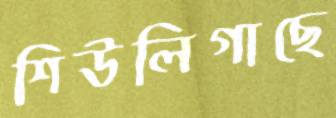
শিউলিগাছে